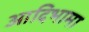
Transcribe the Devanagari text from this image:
आदिभामा